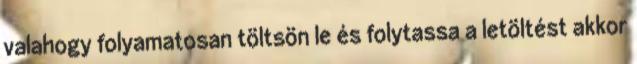
valahogy folyamatosan töltsön le és folytassa a letöltést akkor